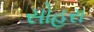
સોહરા